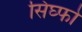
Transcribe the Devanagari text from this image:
सिंघ्फो